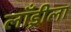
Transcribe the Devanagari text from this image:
लाँड्रीला